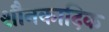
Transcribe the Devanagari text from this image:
शौनकादिक